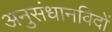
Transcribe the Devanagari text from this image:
अनुसंधानविदों